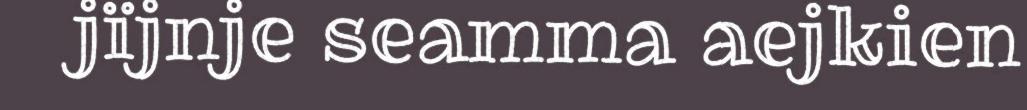
jïjnje seamma aejkien